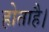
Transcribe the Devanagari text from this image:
होताहै।